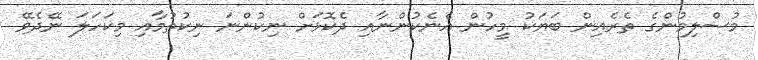
މުސްލިމުންގެ ތެރެއިން ބަޔަކު މީހުން އެނެކުންނާއި ދެކޮޅަށް ނިކުންނަ ނިކުތުމާއި މިކަހަލަ ނޭދެވޭ